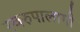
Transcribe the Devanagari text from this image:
स्वरुपालागी